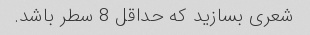
شعری بسازید که حداقل 8 سطر باشد.